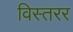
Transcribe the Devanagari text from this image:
विस्तरर